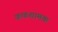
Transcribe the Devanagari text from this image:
कफशामक